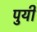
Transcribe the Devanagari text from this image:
पुयी